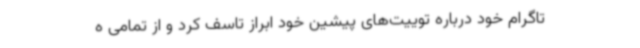
تاگرام خود درباره توییت‌های پیشین خود ابراز تاسف کرد و از تمامی ه